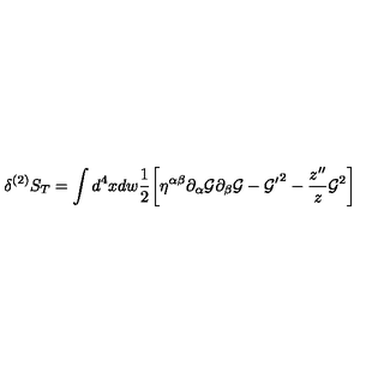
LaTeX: \delta ^ { ( 2 ) } S _ { T } = \int d ^ { 4 } x d w \frac { 1 } { 2 } \biggl [ \eta ^ { \alpha \beta } \partial _ { \alpha } { \cal G } \partial _ { \beta } { \cal G } - { { \cal G } ^ { \prime } } ^ { 2 } - \frac { z ^ { \prime \prime } } { z } { \cal G } ^ { 2 } \biggr ]